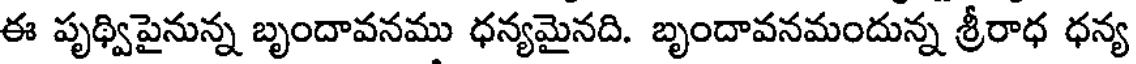
ఈ పృథ్విపైనున్న బృందావనము ధన్యమైనది. బృందావనమందున్న శ్రీరాధ ధన్య